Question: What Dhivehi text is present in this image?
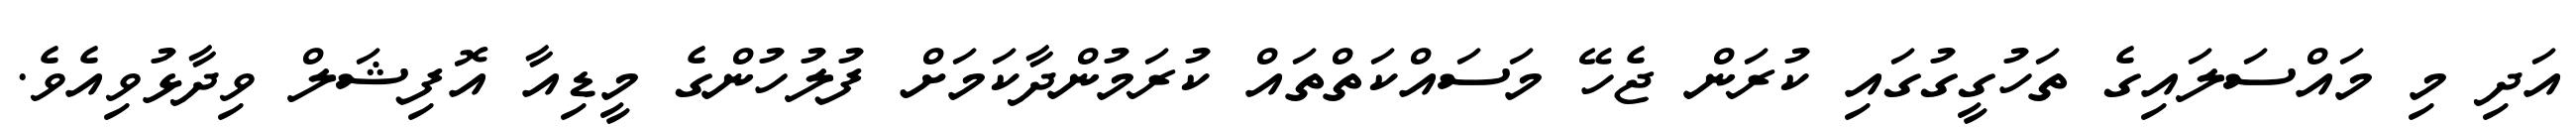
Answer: އަދި މި މައްސަލައިގެ ތަހުގީގުގައި ކުރަން ޖެހޭ މަސައްކަތްތައް ކުރަމުންދާކަމަށް ފުލުހުންގެ މީޑިއާ އޮފިޝަލް ވިދާޅުވިއެވެ.